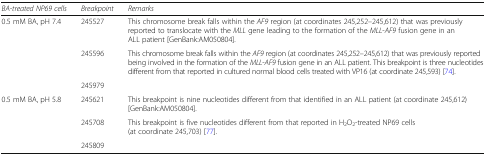
<table><thead><tr><td><b><i>BA-treated NP69 cells</i></b></td><td><b><i>Breakpoint</i></b></td><td><b><i>Remarks</i></b></td></tr></thead><tbody><tr><td rowspan="3">0.5 mM BA, pH 7.4</td><td>245527</td><td>This chromosome break falls within the <i>AF9</i> region (at coordinates 245,252–245,612) that was previously reported to translocate with the <i>MLL</i> gene leading to the formation of the <i>MLL</i>-<i>AF9</i> fusion gene in an ALL patient [GenBank:AM050804].</td></tr><tr><td>245596</td><td>This chromosome break falls within the <i>AF9</i> region (at coordinates 245,252–245,612) that was previously reported being involved in the formation of the <i>MLL</i>-<i>AF9</i> fusion gene in an ALL patient. This breakpoint is three nucleotides different from that reported in cultured normal blood cells treated with VP16 (at coordinate 245,593) [74].</td></tr><tr><td>245979</td><td></td></tr><tr><td rowspan="3">0.5 mM BA, pH 5.8</td><td>245621</td><td>This breakpoint is nine nucleotides different from that identified in an ALL patient (at coordinate 245,612) [GenBank:AM050804].</td></tr><tr><td>245708</td><td>This breakpoint is five nucleotides different from that reported in H<sub>2</sub>O<sub>2</sub>-treated NP69 cells (at coordinate 245,703) [77].</td></tr><tr><td>245809</td><td></td></tr></tbody></table>